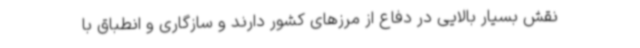
نقش بسیار بالایی در دفاع از مرزهای کشور دارند و سازگاری و انطباق با